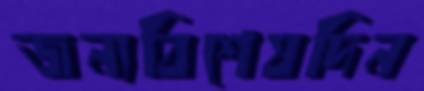
জন্যবিশেষদিন